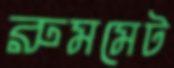
রুমমেট